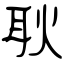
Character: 耿